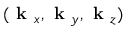
( \textbf { k } _ { x } , \textbf { k } _ { y } , \textbf { k } _ { z } )